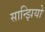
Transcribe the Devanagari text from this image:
सान्झियो